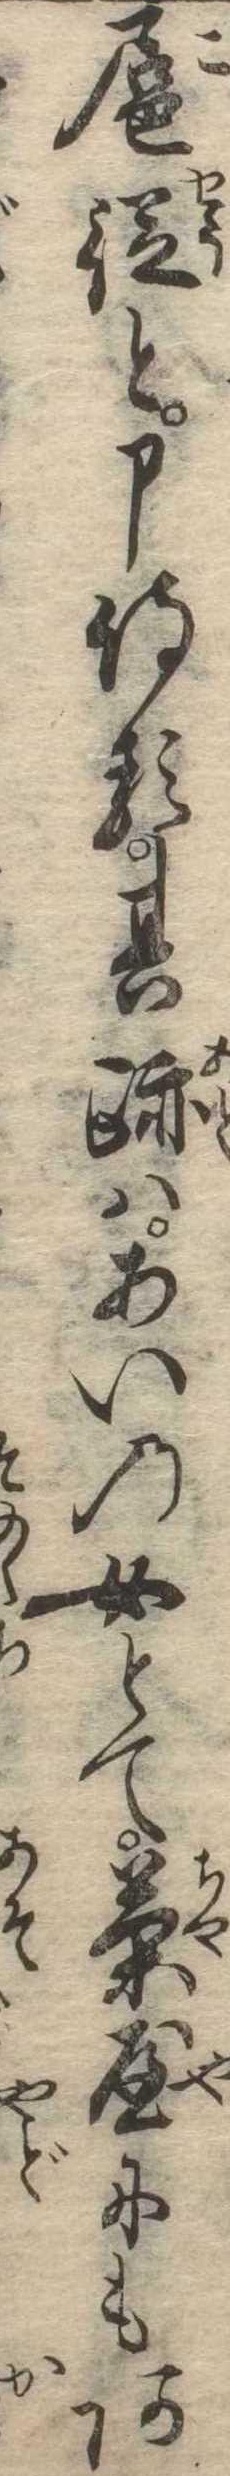
扈従と申侍る其跡はあいの女とて茶屋にもあ